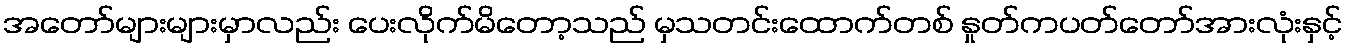
အတော်များများမှာလည်း ပေးလိုက်မိတော့သည် မှသတင်းထောက်တစ် နှုတ်ကပတ်တော်အားလုံးနှင့်